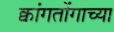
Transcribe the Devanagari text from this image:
क्वांगतोंगाच्या